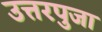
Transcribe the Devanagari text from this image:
उत्तरपुजा